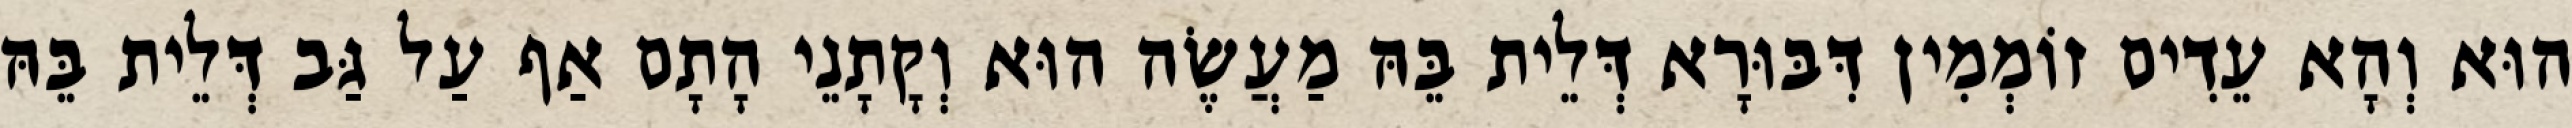
הוּא וְהָא עֵדִים זוֹמְמִין דִּבּוּרָא דְּלֵית בֵּהּ מַעֲשֶׂה הוּא וְקָתָנֵי הָתָם אַף עַל גַּב דְּלֵית בֵּהּ